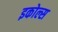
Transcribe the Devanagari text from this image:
इकोल्स